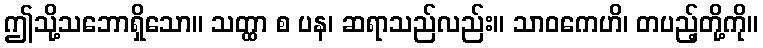
ဤသို့သဘောရှိသော။ သတ္ထာ စ ပန၊ ဆရာသည်လည်း။ သာဝကေဟိ၊ တပည့်တို့ကို။